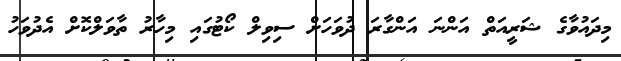
މިދައުވާގެ ޝަރީއަތް އަންނަ އަންގާރަ ދުވަހަށް ސިވިލް ކޯޓުގައި މިހާރު ތާވަލްކޮށް އެދުވަހު